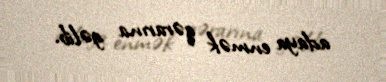
adaya enmək qərarına gəlib.